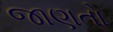
જાણતો